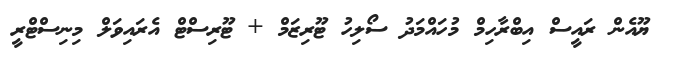
ޔޫއެން ރައީސް އިބްރާހިމް މުހައްމަދު ސޯލިހު ޓޫރިޒަމް + ޓޫރިސްޓް އެރައިވަލް މިނިސްޓްރީ